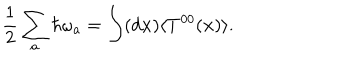
LaTeX: { \frac { 1 } { 2 } } \sum _ { a } \hbar \omega _ { a } = \int ( d { \bf x } ) \langle T ^ { 0 0 } ( { \bf x } ) \rangle .